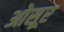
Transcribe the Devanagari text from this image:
ओसूर